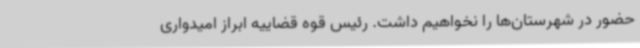
حضور در شهرستان‌ها را نخواهیم داشت. رئیس قوه قضاییه ابراز امیدواری